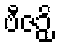
ဗီဇဉှိ